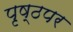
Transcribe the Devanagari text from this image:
पृष्ठपर